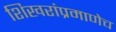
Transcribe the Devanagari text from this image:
शिखरांप्रमाणेच